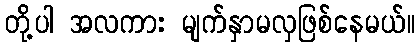
တို့ပါ အလကား မျက်နှာမလှဖြစ်နေမယ်။